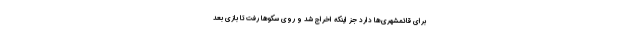
برای قائمشهری‌ها دارد جز اینکه اخراج شد و روی سکوها رفت تا بازی بعد